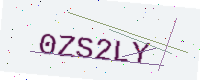
Text: 0ZS2LY